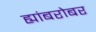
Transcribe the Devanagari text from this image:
ह्यांबरोबर